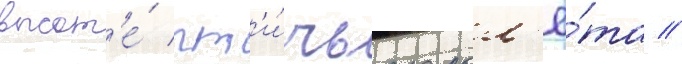
высот'е́ пт'и́чьего пол'ё́та //